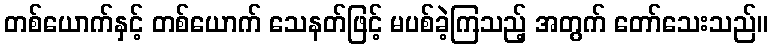
တစ်ယောက်နှင့် တစ်ယောက် သေနတ်ဖြင့် မပစ်ခဲ့ကြသည့် အတွက် တော်သေးသည်။